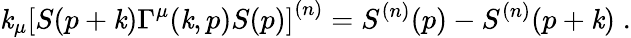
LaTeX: \mathit{k}_{\mu}\left[S(p+\mathit{k})\Gamma^{\mu}(\mathit{k},p)S(p)\right]^{(n)}=S^{(n)}(p)-S^{(n)}(p+\mathit{k})\; .